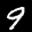
Label: 9